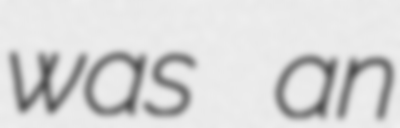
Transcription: was an